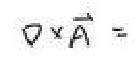
$\nabla\times\vec{A}=$